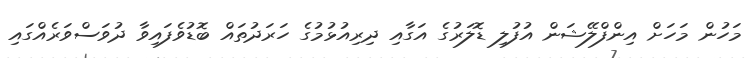
މަހުން މަހަށް އިންފްލޭޝަން އުފުލި ޑޮލަރުގެ އަގާއި ދިރިއުޅުމުގެ ހަރަދުތައް ބޮޑުވެފައިވާ ދުވަސްވަރެއްގައި